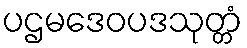
ပဌမဒေဝပဒသုတ္တံ